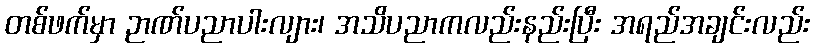
တစ်ဖက်မှာ ဉာဏ်ပညာပါးလျား၊ အသိပညာကလည်းနည်းပြီး အရည်အချင်းလည်း